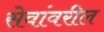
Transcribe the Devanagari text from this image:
सेवांवरील